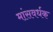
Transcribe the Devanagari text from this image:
मांसवर्धक